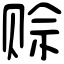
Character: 赊